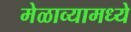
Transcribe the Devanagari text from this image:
मेळाव्यामध्ये